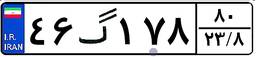
۴۶گ۴۱۰۱۹